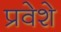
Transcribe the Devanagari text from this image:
प्रवेशे